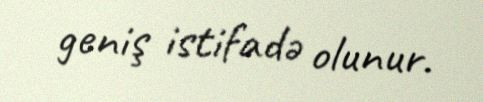
geniş istifadə olunur.